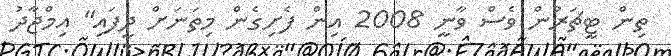
ތިން ޓީޗަރުން ވެސް ވާނީ 2008 އިން ފެށިގެން މިތަނަށް ދީފައި" އިމްޖާދު